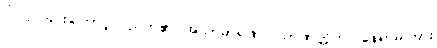
ပြုလုပ်ခြင်းကြောင့် ပညတ်၏၊ အသာဓာရဏ။ သာဏတ္တိက။ နေရာမကြား